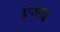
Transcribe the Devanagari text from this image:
एसाइ